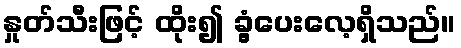
နှုတ်သီးဖြင့် ထိုး၍ ခွံ့ပေးလေ့ရှိသည်။